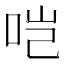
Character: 𫩯